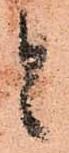
と